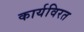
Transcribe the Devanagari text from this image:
कार्यविरत